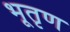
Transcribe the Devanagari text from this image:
भूतृण